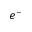
e ^ { - }